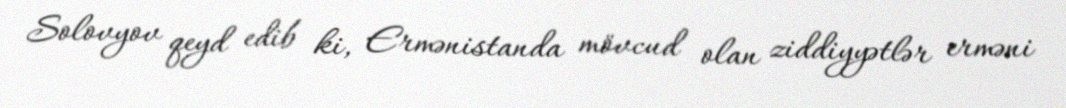
Solovyov qeyd edib ki, Ermənistanda mövcud olan ziddiyyətlər erməni